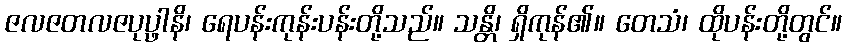
ဇလဇတလဇပုပ္ဖာနိ၊ ရေပန်းကုန်းပန်းတို့သည်။ သန္တိ၊ ရှိကုန်၏။ တေသံ၊ ထိုပန်းတို့တွင်။